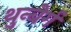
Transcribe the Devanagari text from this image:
थुन्बेर्ग